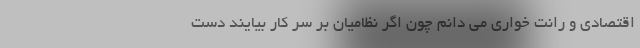
اقتصادی و رانت خواری می دانم چون اگر نظامیان بر سر کار بیایند دست